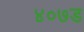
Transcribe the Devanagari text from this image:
४०७ड